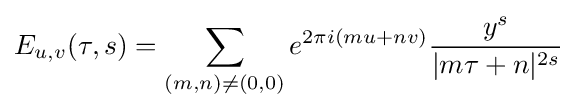
E_{u,v}(\tau ,s)=\sum _{(m,n)\neq (0,0)}e^{2\pi i(mu+nv)}{y^{s} \over |m\tau +n|^{2s}}